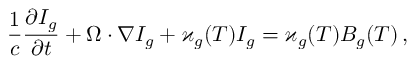
\frac { 1 } { c } \frac { \partial I _ { g } } { \partial t } + \boldsymbol { \Omega } \cdot \boldsymbol { \nabla } I _ { g } + \varkappa _ { g } ( T ) I _ { g } = \varkappa _ { g } ( T ) B _ { g } ( T ) \, ,